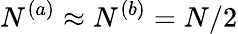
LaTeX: N^{(a)}\approx N^{(b)}=N/2